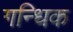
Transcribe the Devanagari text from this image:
गन्धिक